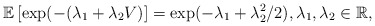
\begin{align*}\mathbb{E} \left[ \exp(-(\lambda_1+\lambda_2 V) \right]=\exp(-\lambda_1+\lambda_2^2/2), \lambda_1, \lambda_2 \in \mathbb{R}, \end{align*}